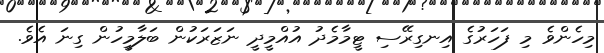
މިހެންވެ މި ފަހަރުގެ އިނގިރޭސި ޓީމާމެދު އުއްމީދީ ނަޒަރަކުން ބަލާމީހުން ގިނަ އެވެ.